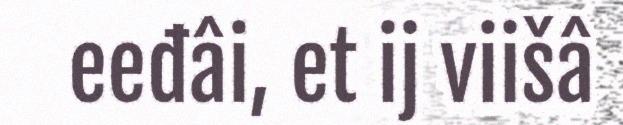
eeđâi, et ij viišâ